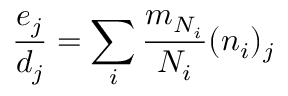
\frac { e _ { j } } { d _ { j } } = \sum _ { i } \frac { m _ { N _ { i } } } { N _ { i } } ( n _ { i } ) _ { j }